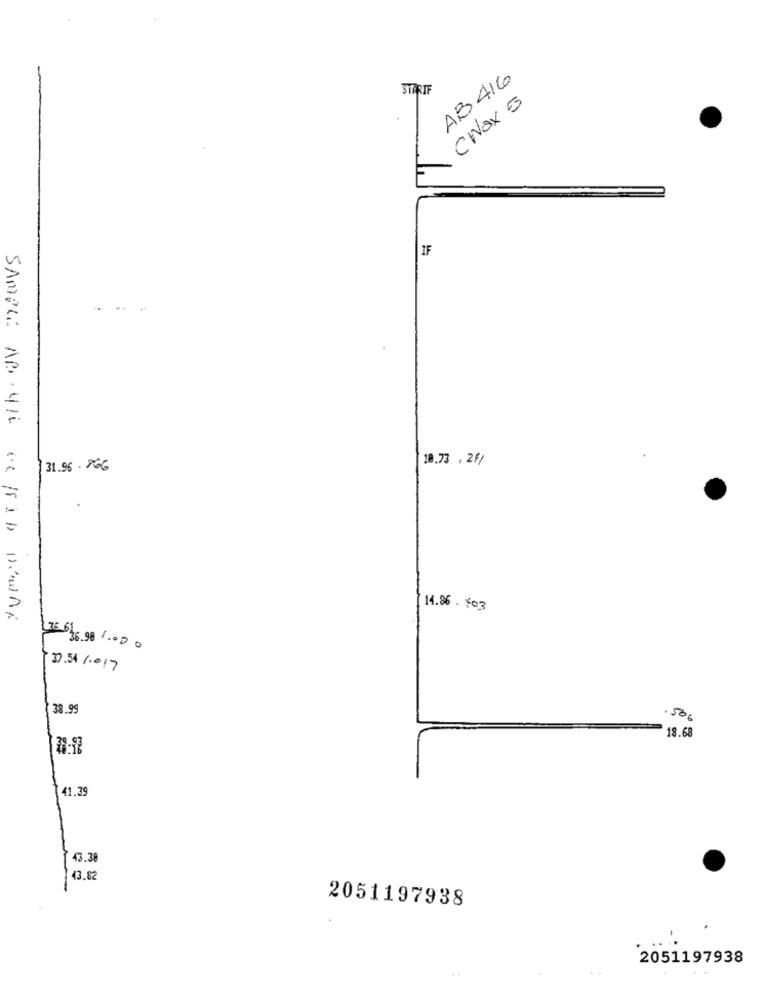
AB416
STARIF
CNax 5
IF
18.73 , 2f/
31.96 . 266
14.86. 703
SAMPLE AB-416 68 182b DowAL
LIE 61
36.98 .00
37.54 /017
38.99
.50€
18.68
41.39
43.38
43.82
2051197938
2051197938
. .